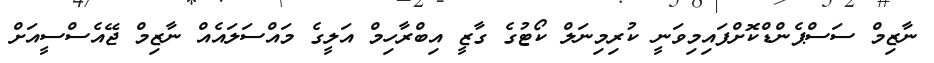
ނާޒިމް ސަސްޕެންޑްކޮށްފައިމިވަނީ ކުރިމިނަލް ކޯޓުގެ ގާޒީ އިބްރާހިމް އަލީގެ މައްސަލައެއް ނާޒިމް ޖޭއެސްސީއަށް